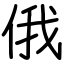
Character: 俄